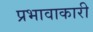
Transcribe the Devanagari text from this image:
प्रभावाकारी